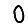
Digit: 0